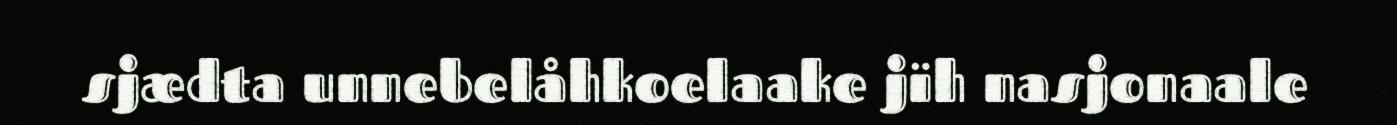
sjædta unnebelåhkoelaake jïh nasjonaale